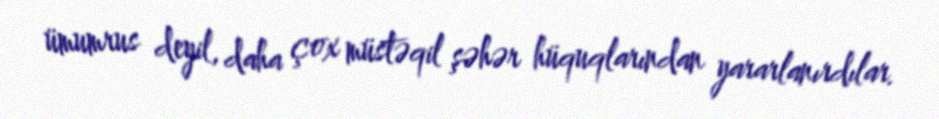
ümumrus deyil, daha çox müstəqil şəhər hüquqlarından yararlanırdılar.